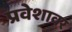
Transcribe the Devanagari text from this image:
प्रवेशावर